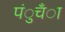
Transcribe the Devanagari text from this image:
पंुचँा